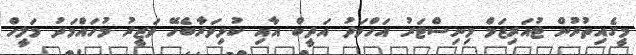
މީގެއިތުރުން ޓުއަރިޒަމް މިނިސްޓަރު އަހްމަދު އަދީބް އާއި ކުޅިވަރާބެހޭ ވަޒީރު މުހައްމަދު މަލީހް